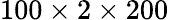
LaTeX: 100\times 2\times 200